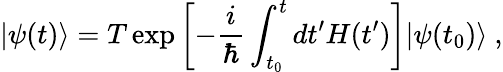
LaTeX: |\psi(t)\rangle=T\exp{\left[-{\frac{i}{\hbar}}\int_{t_{0}}^{t}dt^{\prime}H(t^{\prime})\right]}|\psi(t_{0})\rangle~,